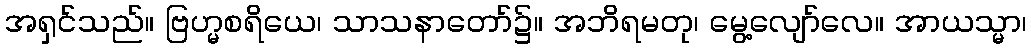
အရှင်သည်။ ဗြဟ္မစရိယေ၊ သာသနာတော်၌။ အဘိရမတု၊ မွေ့လျော်လေ။ အာယသ္မာ၊